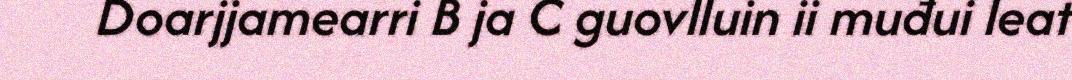
Doarjjamearri B ja C guovlluin ii muđui leat